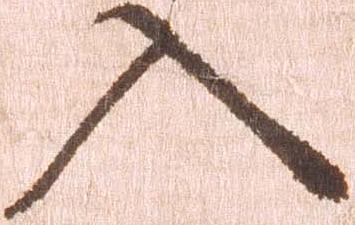
入